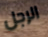
الرجل